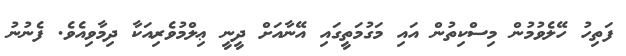
ފަތިހު ހޭލެވުމުން މިސްކިތުން އައި މަގުމަތީގައި އޭނާއަށް ދީނީ ޢިލްމުވެރިއަކާ ދިމާވިއެވެ. ފެނުނު